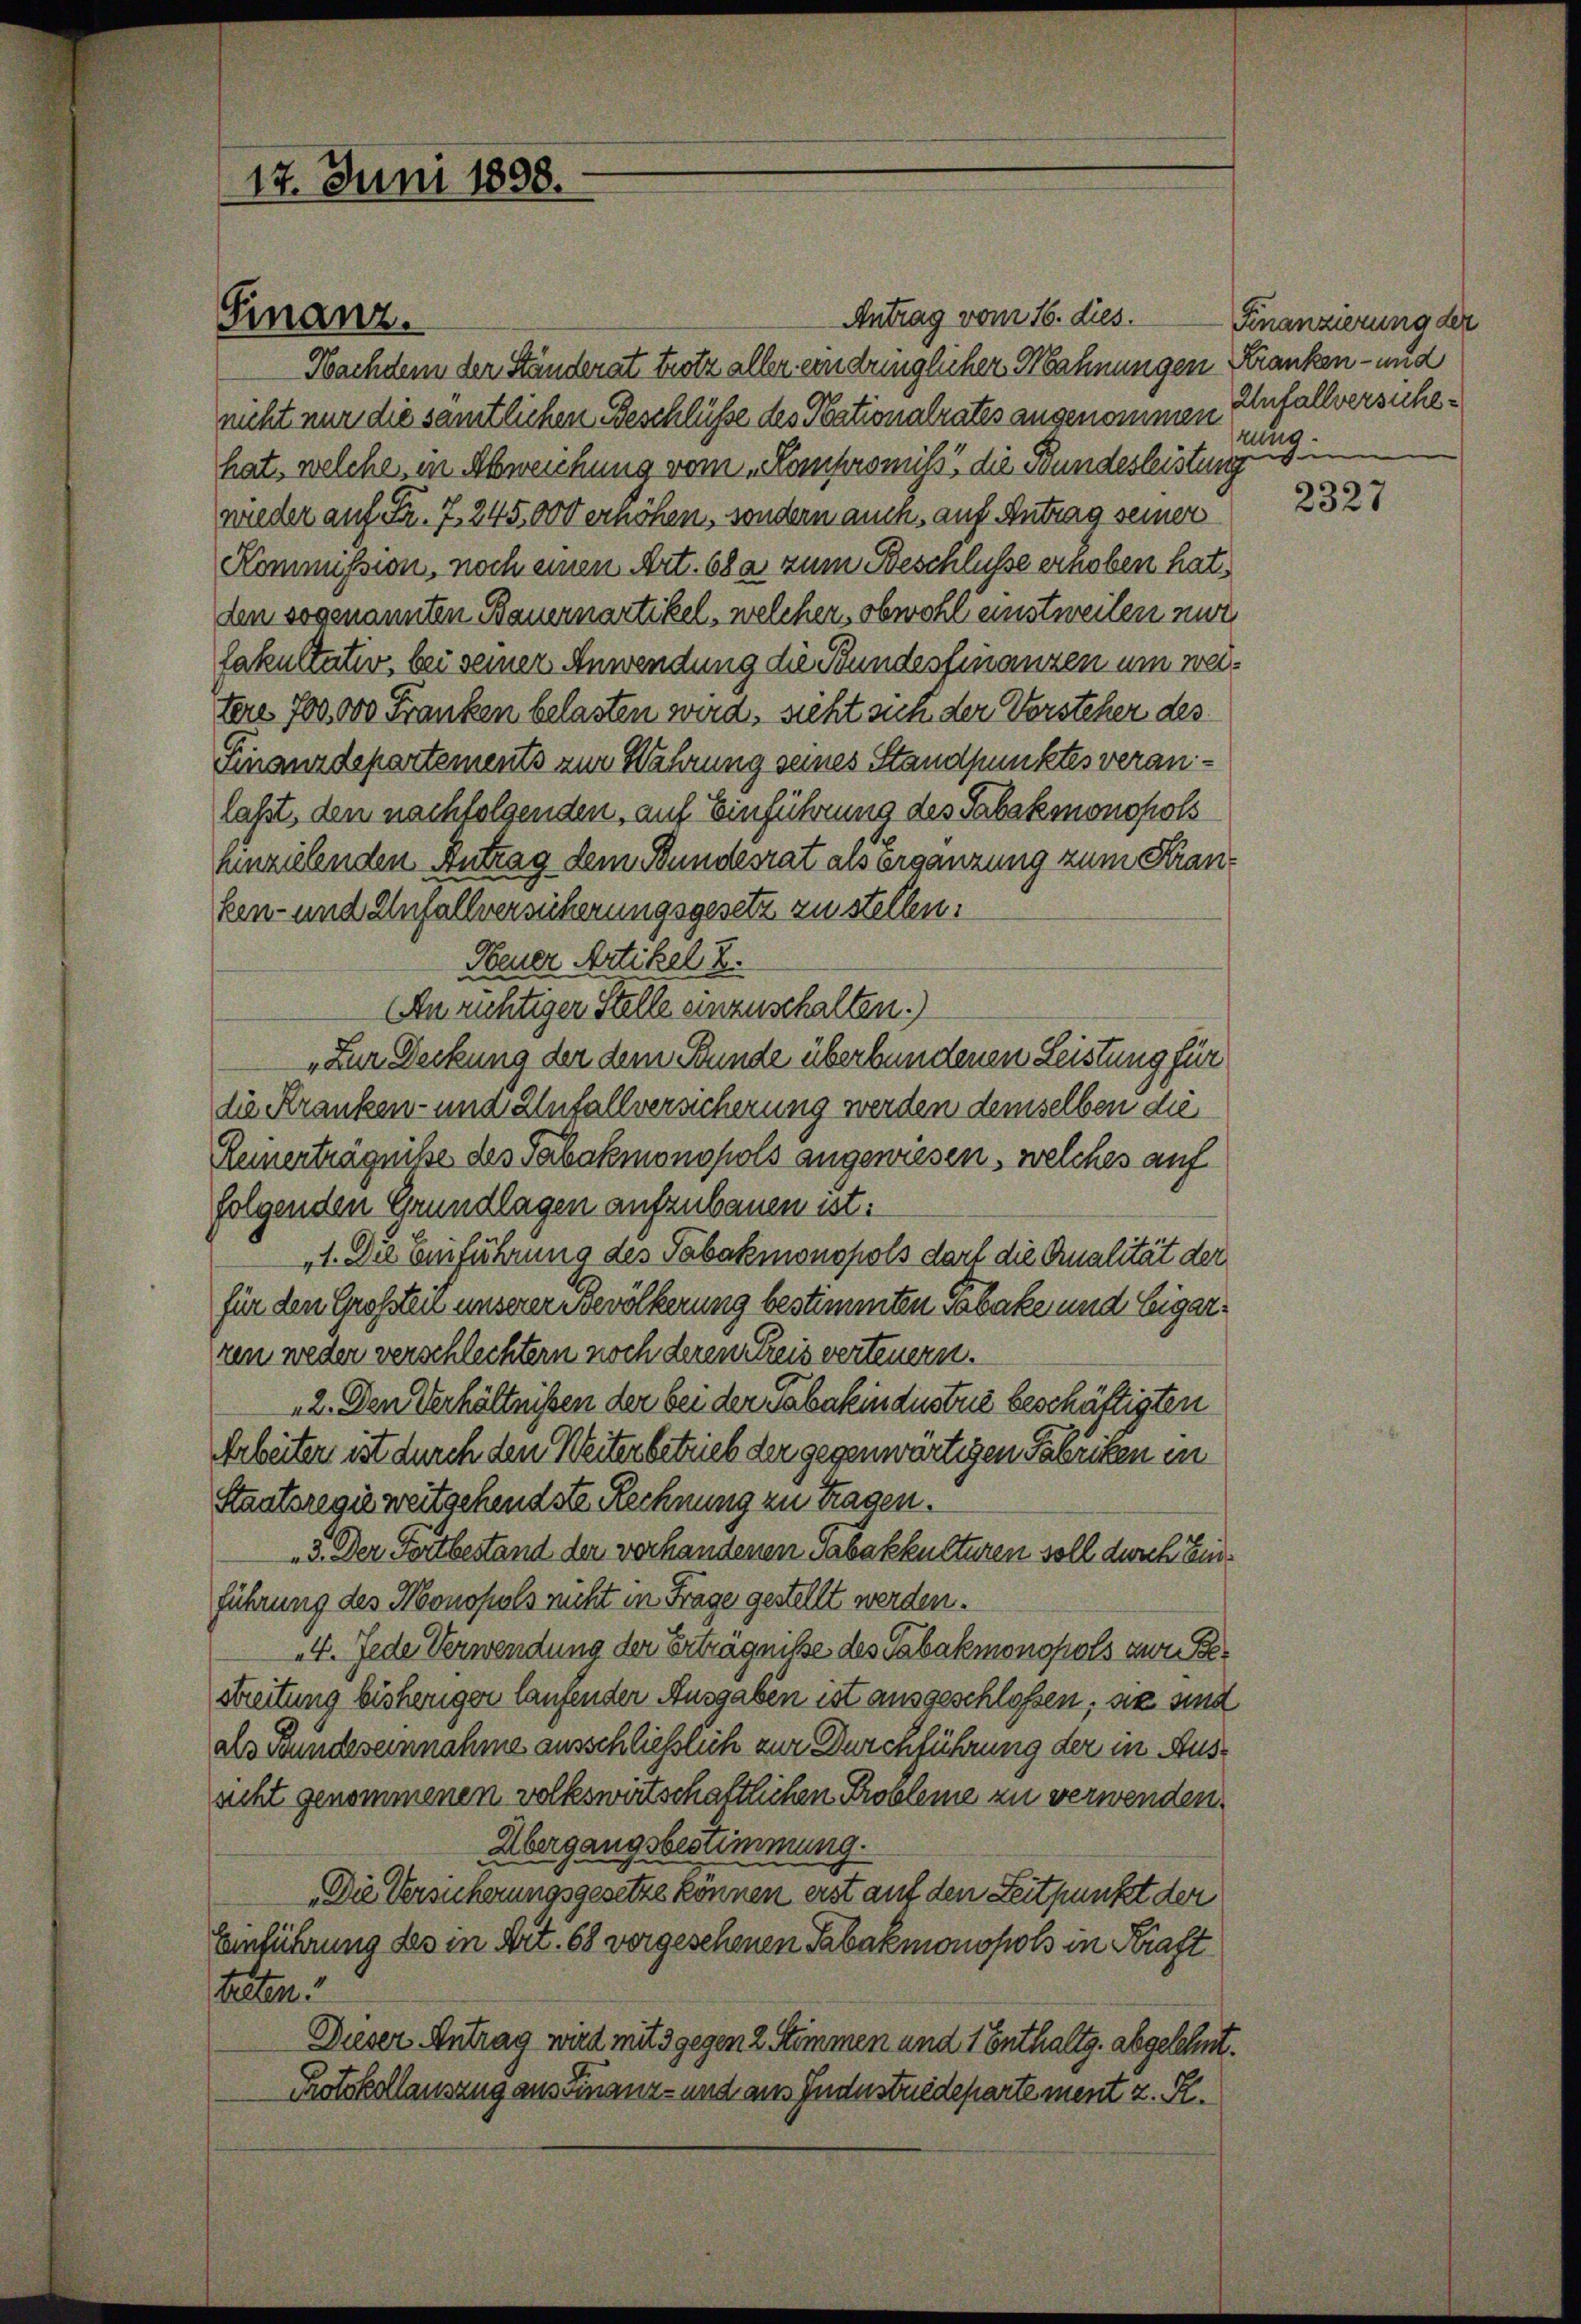
17. Juni 1898.

Finanz.

Antrag vom 16. dies.
Nachdem der Ständerat trotz aller ein dringlicher Mahnungen Kranken- und
nicht nur die samtlichen Beschlüsse des Nationalrates angenommen
hat, welches in Abweichung vom „Kompromiss die Bundesleistung
wieder auf Fr. 7. 245,000 erhöhen, sondern auch aus Antrag seiner
Kommission, noch einen Art. 68a zum Beschlüsse ernoben hat,
den sogenannten Bauernartikel, welcher, obwohl einstweilen mir
fakultater bei seiner Anwendung die Bundesfinanzen um weitere 700,000 Franken belasten wird, sieht sich der Vorsteher des
Finanzdepartements zur Wahrung seines Standpunktes veranlasst, den nachfolgenden, auf Einführung des Tabakmonopols
hinzielenden Antrag dem Bundesrat als Ergänzung zum Kranken- und Unfallversicherungsgesetz zu stellen.
Feuer Artikel E.
An richtiger Stelle einzuschalten.)
„Zur Deckung der dem Bunde überbundenen Leistung für
die Kranken- und Unfallversicherung werden demselben die
Keinerträgniße des Tabakmonopols angewiesen, welches auf
folgenden Grundlagen aufzubauen ist.
1. Die Einführung des Tabakmonopols darf die Qualität der
für den Crossten unserer Bevölkerung bestimmten Tabaker und Eigerren weder verschlechtern noch deren Kreis verteuern.
2. Den Verhältnissen der bei der Tabakindustrie beschäftigten
Arbeiter ist durch den Weiter betrieb der gegenwärtigen Fabriken in
Staatsregie weitschendste Rechnung zu tragen.
3. Der Fortbestand der verhandenen Tabakkulturen soll durch Einführung des Monopols nicht in Frage gestellt werden.
4. Jede Verwendung der Erträgniße des Tabakmonopols von P
Streitung bisherigen laufender Ausgaben ist ausgeschloßen, an sind
als Bundeseinnahme ausschließlich zur Durchführung der in Ausscht genommenen volkswirtschaftlichen Probleme zu verwenden.
Übergangsbestimmung.
Die Versicherungsgesetze können erst auf den Zeitpunkt der
Einführung des in Art. 68 vorgesehenen Tabakmonopols in Kraft
teten.
Dieser Antrag wird mit 3 gegen 2 Stimmen und 1 Enthaltg. abgelehnt.
Protokollausung aus Finanz- und aus Industriedepartement z. R.

Finanzierung der
Anfallversuche
rung.
.

2327